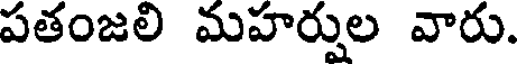
పతంజలి మహర్షుల వారు.